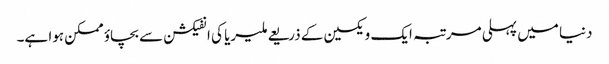
دنیا میں پہلی مرتبہ ایک ویکسین کے ذریعے ملیریا کی انفیکشن سے بچاؤ ممکن ہوا ہے۔